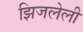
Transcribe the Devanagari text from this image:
झिजलेली